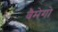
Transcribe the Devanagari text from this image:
वैमेगो